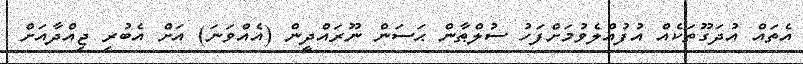
އެތައް އުދަގޫތަކެއް އުފުއްލެވުމަށްފަހު ސުލްޠާން ޙަސަން ނޫރައްދީން (އެއްވަނަ) އަށް އެބުރި ޖިއްދާއަށް